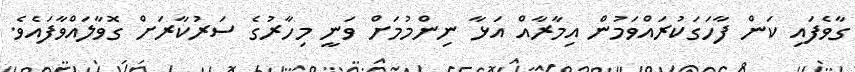
ގާވެފައި ކަން ފާހަގަކުރައްވަމުން އިމާރާއް އަޅާ ނިންމުމަށް ވަނީ މިހާރުގެ ސަރުކާރަށް ގޮވާލައްވާފައެވެ.